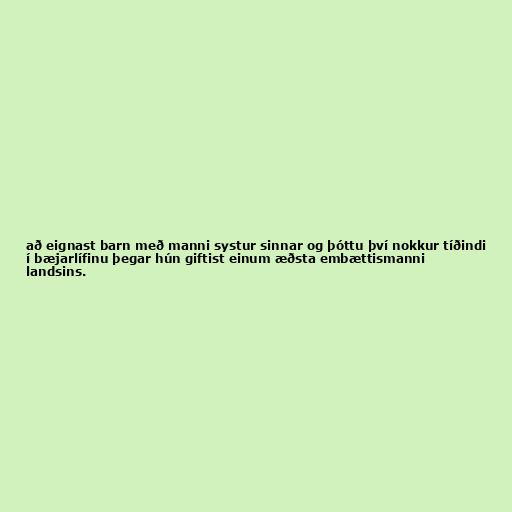
að eignast barn með manni systur sinnar og þóttu því nokkur tíðindi
í bæjarlífinu þegar hún giftist einum æðsta embættismanni
landsins.